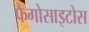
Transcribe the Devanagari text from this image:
फैगोसाइटोस